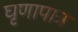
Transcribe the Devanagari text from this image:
घृणापात्र